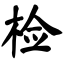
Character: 检